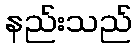
နည်းသည်